Source: Handwritten
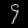
Digit: ၄ (4)